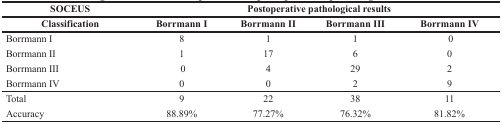
<table><thead><tr><td><b>SOCEUS</b></td><td colspan="4"><b>Postoperative pathological results</b></td></tr><tr><td><b>Classification</b></td><td><b>Borrmann I</b></td><td><b>Borrmann II</b></td><td><b>Borrmann III</b></td><td><b>Borrmann IV</b></td></tr></thead><tbody><tr><td>Borrmann I</td><td>8</td><td>1</td><td>1</td><td>0</td></tr><tr><td>Borrmann II</td><td>1</td><td>17</td><td>6</td><td>0</td></tr><tr><td>Borrmann III</td><td>0</td><td>4</td><td>29</td><td>2</td></tr><tr><td>Borrmann IV</td><td>0</td><td>0</td><td>2</td><td>9</td></tr><tr><td>Total</td><td>9</td><td>22</td><td>38</td><td>11</td></tr><tr><td>Accuracy</td><td>88.89%</td><td>77.27%</td><td>76.32%</td><td>81.82%</td></tr></tbody></table>